Plague in India, 1896, 1897 - Volume 1
Year: 1896
Disease focus: Plague
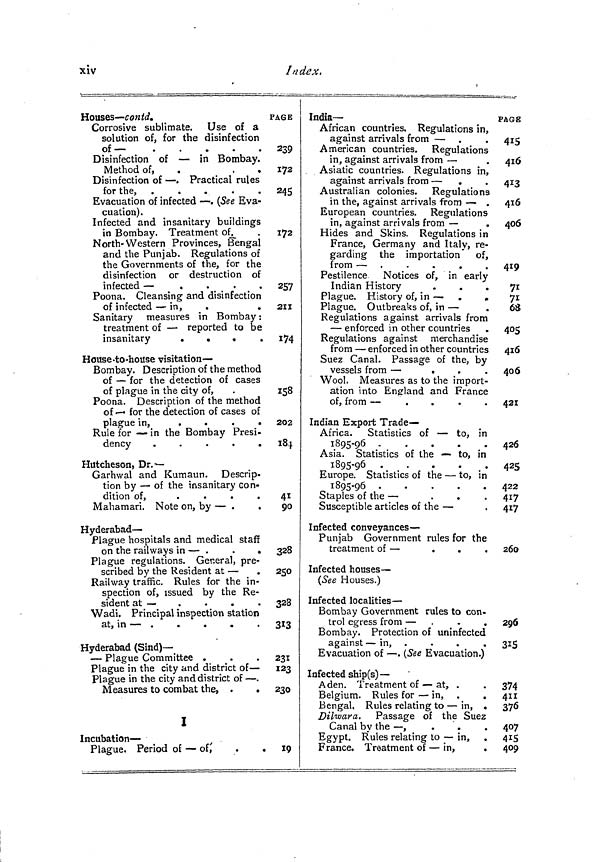
xiv
Index.
Houses — contd.
Corrosive sublimate. Use of a
solution of, for the disinfection
of—
Disinfection of — in Bombay.
Method of,
.
.
Disinfection of — . Practical rules
for the, .
.
.
.
.
Evacuation of infected — . (See Eva-
cuation).
Infected and insanitary buildings
in Bombay. Treatment of,_
North- Western Provinces, Bengal
and the Punjab. Regulations of
the Governments of the, for the
disinfection or destruction of
infected —
.
.
.
.
Poona. Cleansing and disinfection
of infected — in,
.
.
Sanitary measures in Bombay :
treatment of — reported to be
insanitary
.
«
House-to-house visitation —
Bombay. Description of the method
of — for the detection of cases
of plague in the city of,
Poona. Description of the method
of — for the detection of cases of
plague in,
.
.
.
.
Rule for — in the Bombay Presi-
dency
.
.
.
.
.
Hutcheson, Dr.—
Garhwal and Kumaun. Descrip-
tion by — of the insanitary con-
dition of,
.
.
.
.
Mahamari. Note on, by — .
Hyderabad —
Plague hospitals and medical staff
on the railways in — .
.
.
Plague regulations. General, pre-
scribed by the Resident at —
Railway traffic. Rules for the in-
spection of, issued by the Re-
sident at — ,
Wadi. Principal inspection station
at,
in
Hyderabad (Sind) —
— Plague Committee .
Plague in the city and district of —
Plague in the city and district of — .
Measures to combat the, .
.
I
Incubation —
Plague. Period of — of; .
.
PAGE
239
172
245
172
257
211
174
IS8
202
'84
41
90
328
250
328
"313
231
123
230
19
India —
African countries. Regulations in,
against arrivals from — .
American countries.
Regulations
in, against arrivals from —
Asiatic countries. Regulations in,
against arrivals from —
Australian colonies. Regulations
in the, against arrivals from — .
European countries. Regulations
in, against arrivals from —
Hides and Skins. Regulations in
France, Germany and Italy, re-
garding the importation" of,
from — .
.
.
.
.
Pestilence Notices of, in early
Indian History
.
.
.
Plague. History of, in — .
„
Plague. Outbreaks of, in —
Regulations against arrivals from
— enforced in other countries
Regulations against merchandise
from — enforced in other countries
Suez Canal. Passage of the, by
vessels from —
.
.
.
Wool. Measures as to the import-
ation into England and France
of, from —
.
.
.
.
Indian Export Trade —
Africa. Statistics of — to, in
1895-96
Asia. Statistics of the — to, in
1895-96
Europe. Statistics of the — to, in
1895-96
Staples of the —
.
.
.
Susceptible articles of the —
Infected conveyances —
Punjab Government rules for the
treatment of —
Infected houses —
(See Houses.)
Infected localities —
Bombay Government rules to con-
trol egress from — .
.
Bombay. Protection of uninfected
against — in, .
Evacuation of — . (See Evacuation.)
Infected ship(s) —
Aden. Treatment of — at, .
Belgium. Rules for — in,
Bengal, Rules relating to — in,
Dilwara. Passage of the Suez
Canal by the — ,
Egypt. Rules relating to — in,
France. Treatment of — in,
PAGE
415
416
413
416
406
419
71
71
63
405
416
406
421
426
425
422
417
417
260
296
315
374
411
376
407
415
409